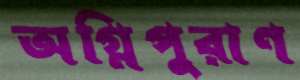
অগ্নিপুরাণ